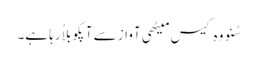
سُنو وہ کیس میٹھی آواز سے آپکو بلاُ رہا ہے۔